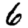
Digit: 6